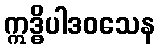
ဣဒ္ဓိပါဒဝသေန